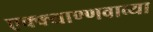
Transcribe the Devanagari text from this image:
एक्क्याण्णवाव्या